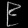
Digit: ၉